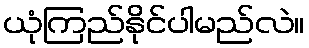
ယုံကြည်နိုင်ပါမည်လဲ။